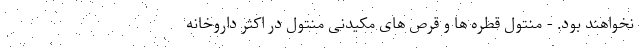
نخواهند بود. - منتول قطره ها و قرص های مکیدنی منتول در اکثر داروخانه